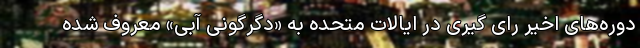
دوره‌های اخیر رای گیری در ایالات متحده به «دگرگونی آبی» معروف شده